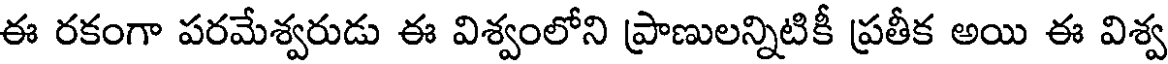
ఈ రకంగా పరమేశ్వరుడు ఈ విశ్వంలోని ప్రాణులన్నిటికీ ప్రతీక అయి ఈ విశ్వ